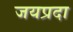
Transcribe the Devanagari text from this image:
जयप्रदा